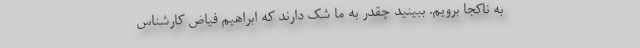
به ناکجا برویم. ببینید چقدر به ما شک دارند که ابراهیم فیاض کارشناس